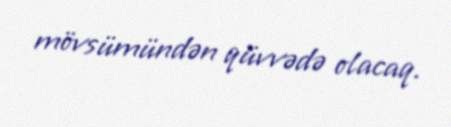
mövsümündən qüvvədə olacaq.